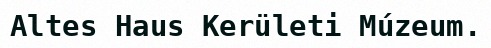
Altes Haus Kerületi Múzeum.